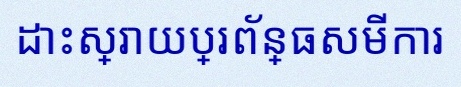
ដោះស្រាយប្រព័ន្ធសមីការ